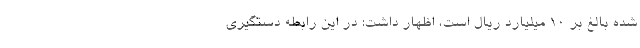
شده بالغ بر ۱۰ میلیارد ریال است، اظهار داشت: در این رابطه دستگیری